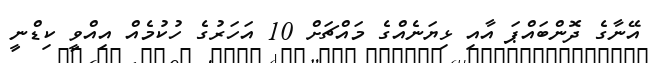
އޭނާގެ ދޮންބައްޕަ އާއި ޅިޔަނެއްގެ މައްޗަށް 10 އަހަރުގެ ހުކުމެއް އިއްވީ ކިޑްނީ